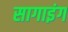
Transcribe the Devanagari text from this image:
सागाइंग